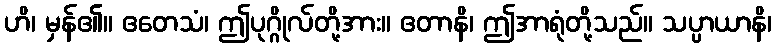
ဟိ၊ မှန်၏။ ဧတေသံ၊ ဤပုဂ္ဂိုလ်တို့အား။ ဧတာနိ၊ ဤအာရုံတို့သည်။ သပ္ပာယာနိ၊